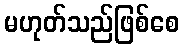
မဟုတ်သည်ဖြစ်စေ